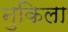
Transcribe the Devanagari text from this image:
नुकिला